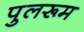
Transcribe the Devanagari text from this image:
पुलरूम